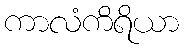
ကာလံကိရိယာ